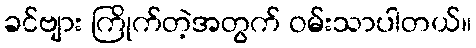
ခင်ဗျား ကြိုက်တဲ့အတွက် ဝမ်းသာပါတယ်။